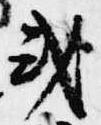
或